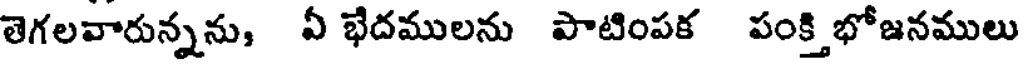
తెగలవారున్నను, ఏ భేదములను పాటింపక పంక్తి భోజనములు